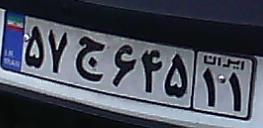
۵۷ج۶۴۵۱۱